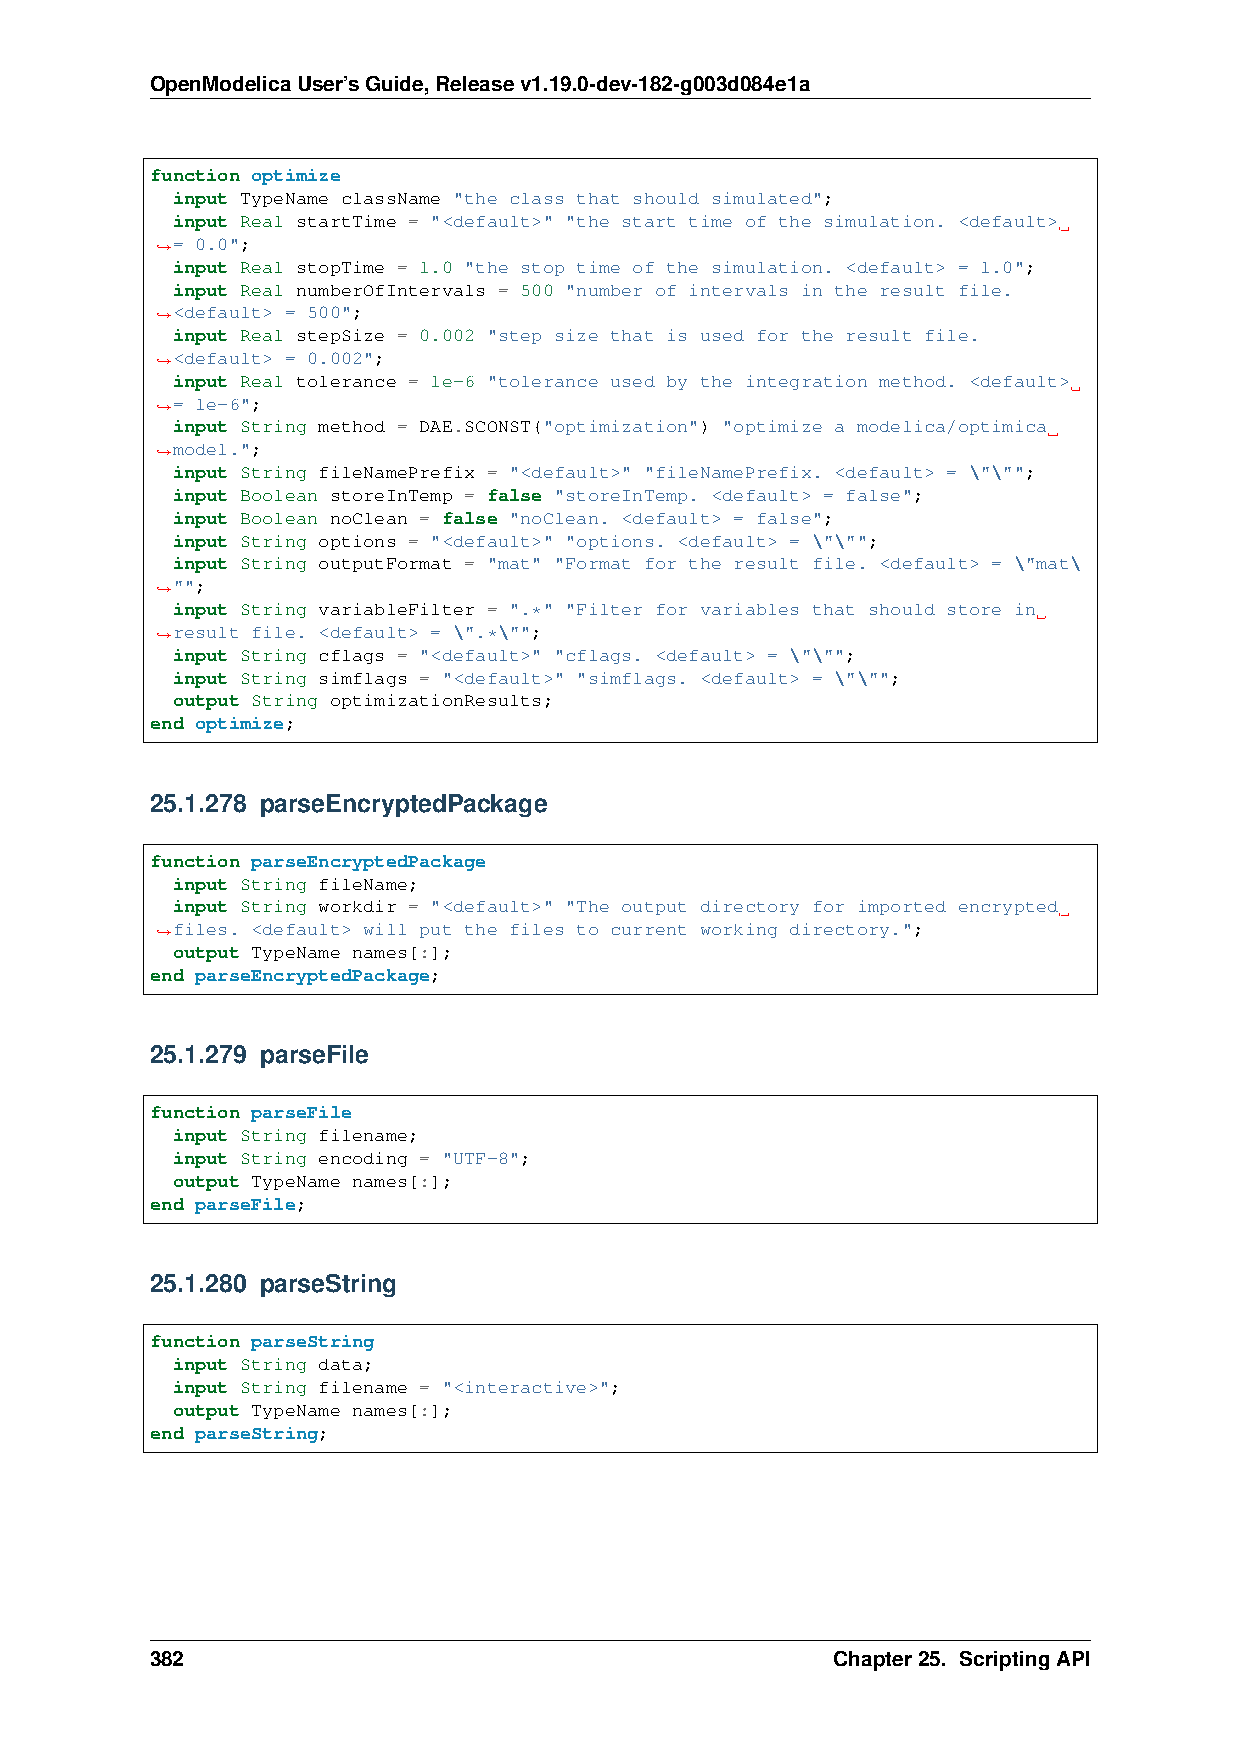
OpenModelicaUser’sGuide,Releasev1.19.0-dev-182-g003d084e1a
 function optimize
 input TypeName className "the class that should simulated";
 input Real startTime = "<default>" "the start time of the simulation. <default>
 = 0.0";
 ˓→
 input Real stopTime = 1.0 "the stop time of the simulation. <default> = 1.0";
 input Real numberOfIntervals = 500 "number of intervals in the result file.
 <default> = 500";
 ˓→
 input Real stepSize = 0.002 "step size that is used for the result file.
 <default> = 0.002";
 ˓→
 input Real tolerance = 1e-6 "tolerance used by the integration method. <default>
 = 1e-6";
 ˓→
 input String method = DAE.SCONST("optimization") "optimize a modelica/optimica
 model.";
 ˓→
 input String fileNamePrefix = "<default>" "fileNamePrefix. <default> = \"\"";
 input Boolean storeInTemp = false "storeInTemp. <default> = false";
 input Boolean noClean = false "noClean. <default> = false";
 input String options = "<default>" "options. <default> = \"\"";
 input String outputFormat = "mat" "Format for the result file. <default> = \"mat\
 "";
 ˓→
 input String variableFilter = ".*" "Filter for variables that should store in
 ˓→result file. <default> = \".*\"";
 input String cflags = "<default>" "cflags. <default> = \"\"";
 input String simflags = "<default>" "simflags. <default> = \"\"";
 output String optimizationResults;
 end optimize;
 25.1.278 parseEncryptedPackage
 function parseEncryptedPackage
 input String fileName;
 input String workdir = "<default>" "The output directory for imported encrypted
 files. <default> will put the files to current working directory.";
 ˓→
 output TypeName names[:];
 end parseEncryptedPackage;
 25.1.279 parseFile
 function parseFile
 input String filename;
 input String encoding = "UTF-8";
 output TypeName names[:];
 end parseFile;
 25.1.280 parseString
 function parseString
 input String data;
 input String filename = "<interactive>";
 output TypeName names[:];
 end parseString;
 382                                          Chapter25. ScriptingAPI